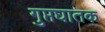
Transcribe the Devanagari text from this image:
गुप्तघातक